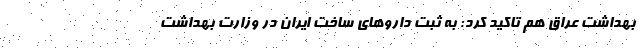
بهداشت عراق هم تاکید کرد: به ثبت داروهای ساخت ایران در وزارت بهداشت